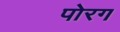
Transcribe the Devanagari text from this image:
पोरग